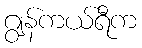
ဂျွန်ကယ်ရီက